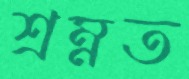
শ্রম্নত